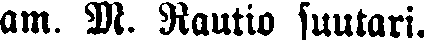
am. M. Rautio suutari.